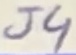
Text: J4